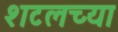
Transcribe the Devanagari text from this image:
शटलच्या